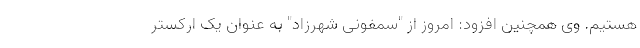
هستیم. وی همچنین افزود: امروز از "سمفونی شهرزاد" به عنوان یک ارکستر